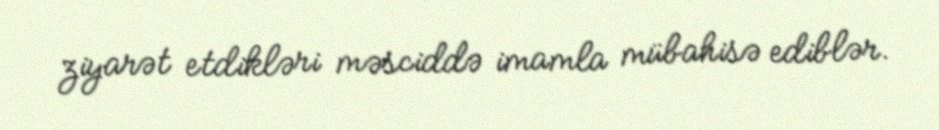
ziyarət etdikləri məsciddə imamla mübahisə ediblər.